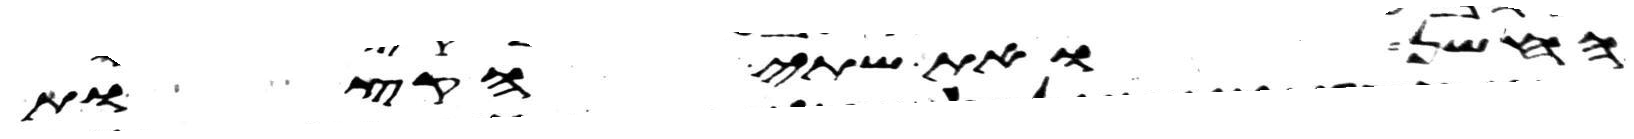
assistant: החשן ואת שתי הקצות